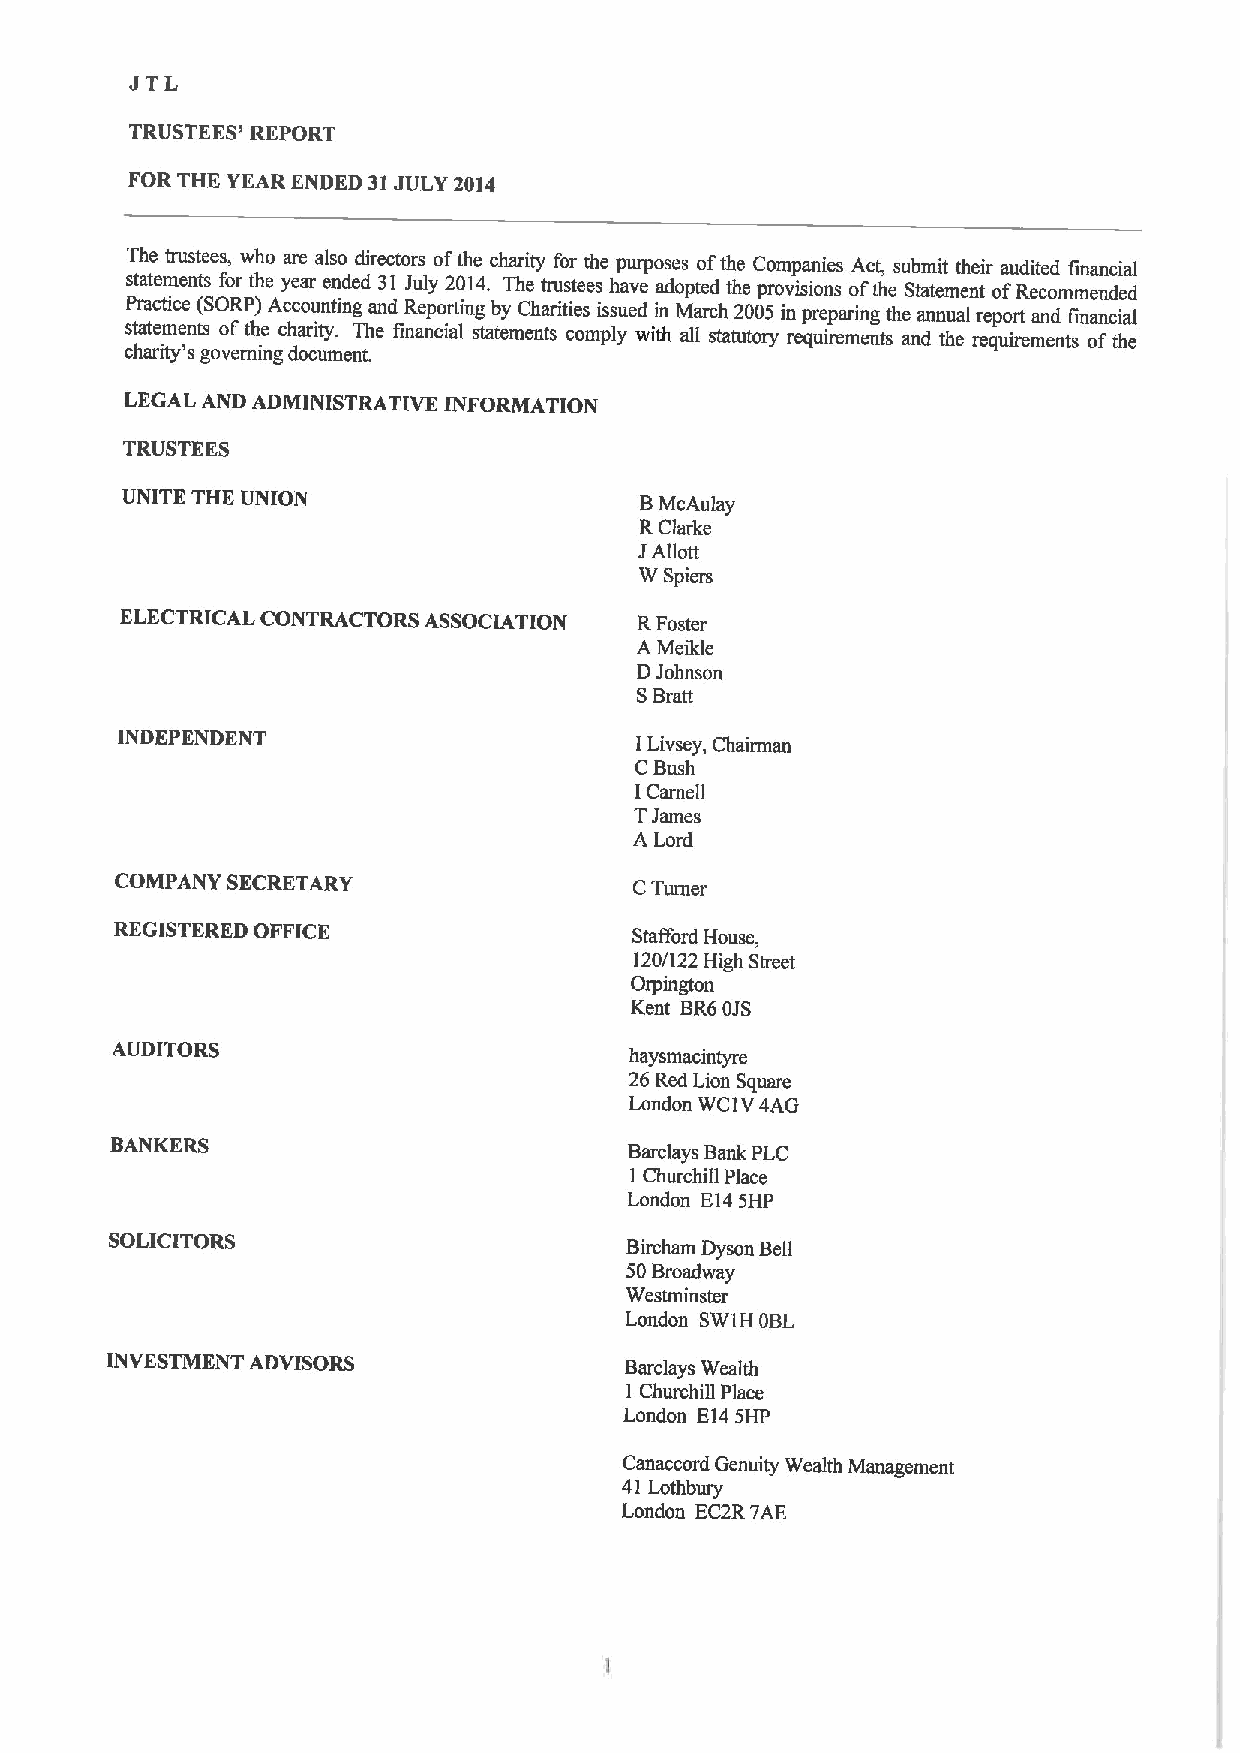
JTL
 TRUSTEES' REPORT
 FOR THE YEAR ENDED 31JULY 2014
 The trustees, who are also directors ofthe charity for the purposes ofthe Companies Act, submit their audited financial
 statements for the year ended 31 July 2014. The trustees have adopted the provisions ofthe Statement ofRecommended
 Practice (SORP) Accounting and Reporting by Charities issued in March 200S in preparing the annual report and financial
 statements ofthe charity. The financial statements comply with all statutory requirements and the requirements ofthe
 charity's governing document.
 LEGAL AND ADMINISTRATIVE INFORMATION
 TRUSTEES
 UNITE THE UNION                   BMcAulay
 RClarke
 JAllott
 W Spiers
 ELECTRICAL CONTRACTORS ASSOCIATION RFoster
 A Meikle
 DJohnson
 SBrett
 INDEPENDENT
 ILivsey, Chairman
 CBush
 ICarnell
 TJames
 A Lord
 COMPANY SECRETARY                 CTurner
 REGISTERED OFFICE
 Stafford House,
 120/122 High Street
 Orpington
 Kent BR6OJS
 AUDITORS
 haysmacintyre
 26 Red Lion Square
 London WCIV4AG
 BANKERS
 Barclays Bank PLC
 1 Churchill Place
 London E14SHP
 SOLICITORS
 Bircham Dyson Bell
 SOBroadway
 Westminster
 London SW1H OBL
 INVKSTMKNT ADVISORS               Barclays Wealth
 1 Churchill Place
 London E14SHP
 Canaccord Genuity Wealth Management
 41 Lothbury
 London EC2R7AE